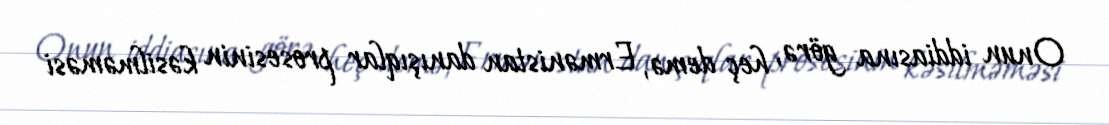
Onun iddiasına görə, heç demə, Ermənistan danışıqlar prosesinin kəsilməməsi